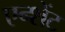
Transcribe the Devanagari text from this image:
एन्शेंट